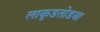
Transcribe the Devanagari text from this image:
लाकूडतोडया